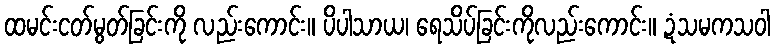
ထမင်းငတ်မွတ်ခြင်းကို လည်းကောင်း။ ပိပါသာယ၊ ရေသိပ်ခြင်းကိုလည်းကောင်း။ ဍံသမကသဝါ